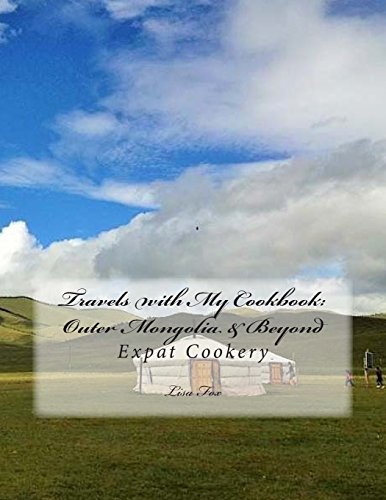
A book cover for Travels with My Cookbook: Outer Mongolia & Beyond: Expat Cookery; Mrs Lisa Katherine Fox; Travel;